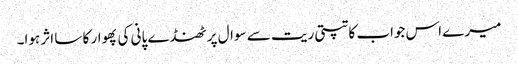
میرے اس جواب کا تپتی ریت سے سوال پر ٹھنڈے پانی کی پھوار کا سا اثر ہوا۔